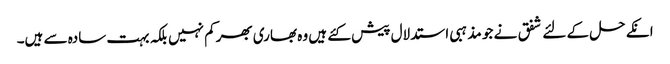
انکے حل کے لئے شفق نے جو مذہبی استدلال پیش کئے ہیں وہ بھاری بھرکم نہیں بلکہ بہت سادہ سے ہیں۔